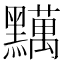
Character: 𪒪